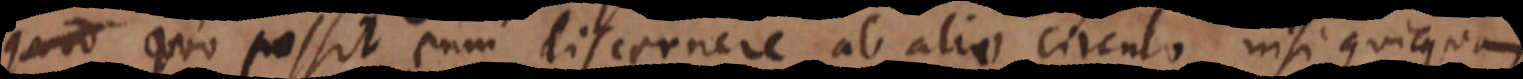
quo possit eum discernere ab alio circulo, nisi quicquam